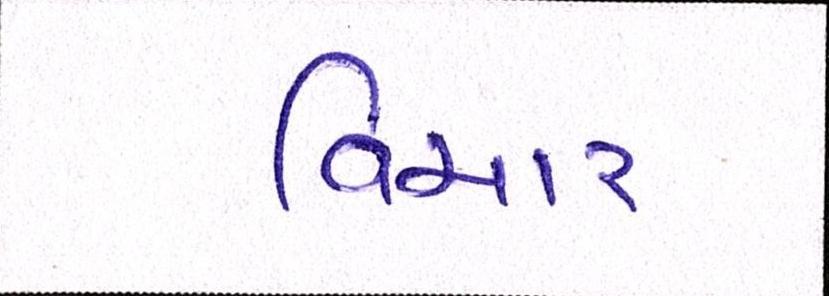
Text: વિચાર